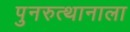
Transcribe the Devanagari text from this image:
पुनरुत्थानाला